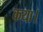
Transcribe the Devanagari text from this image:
कया।